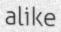
alike